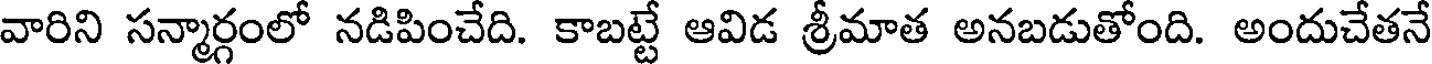
వారిని సన్మార్గంలో నడిపించేది. కాబట్టే ఆవిడ శ్రీమాత అనబడుతోంది. అందుచేతనే